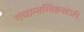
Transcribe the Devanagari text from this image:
गच्छन्तस्तिष्ठन्तोऽपि